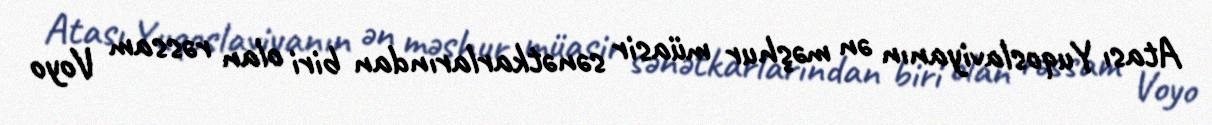
Atası Yuqoslaviyanın ən məşhur müasir sənətkarlarından biri olan rəssam Voyo